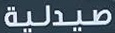
صيدلية